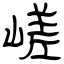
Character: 嵯